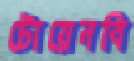
টোয়েনবি